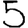
Digit: 5